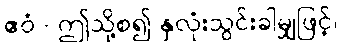
ဧဝံ - ဤသို့စ၍ နှလုံးသွင်းခါမျှဖြင့်၊